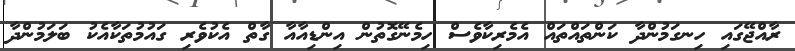
ރާއްޖޭގައި ހިނގަމުންދާ ކަންތައްތައް އެމެރިކާވެސް ހިމެނޭގޮތުން އިންޑިއާއާ ގާތް އެކުވެރި ގައުމުތަކާއެކު ބަލަމުންދާ